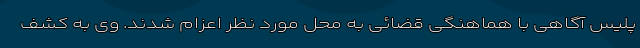
پلیس آگاهی با هماهنگی قضائی به محل مورد نظر اعزام شدند. وی به کشف